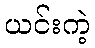
ယင်းကဲ့